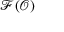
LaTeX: { \mathcal { F } } ( { \mathcal { O } } )